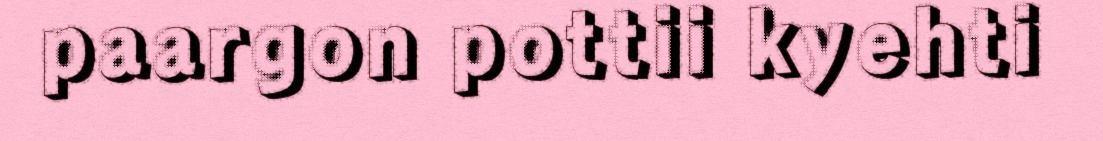
paargon pottii kyehti